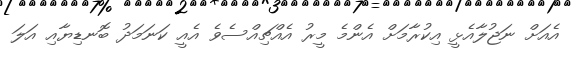
އެއަށް ނަޖުލާއެޅީ އިކުރާމަށް އެންމެ މީރު އެއްޗިއްސެވެ އެއީ ކަނަމަދު ބޮނޑިޔާއި އަލަ